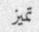
تميز